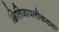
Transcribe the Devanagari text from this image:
क्षितिजापलीकडचा